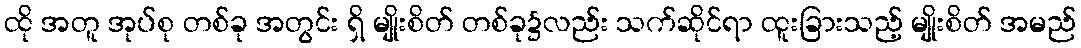
ထို အတူ အုပ်စု တစ်ခု အတွင်း ရှိ မျိုးစိတ် တစ်ခု၌လည်း သက်ဆိုင်ရာ ထူးခြားသည့် မျိုးစိတ် အမည်